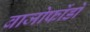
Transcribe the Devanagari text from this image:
बाजोफोंडो